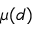
\mu ( d )